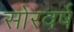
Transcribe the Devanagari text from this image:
सोरवर्ष